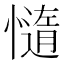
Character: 𭞻